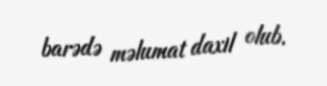
barədə məlumat daxil olub.